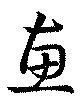
恵